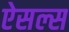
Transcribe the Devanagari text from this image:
ऐसल्स